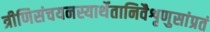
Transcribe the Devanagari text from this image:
त्रीणिसंचयनस्यार्थेतानिवैशृणुसांप्रतं